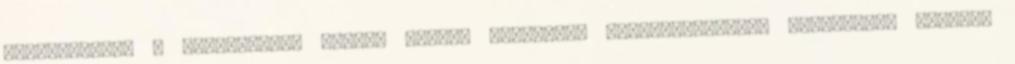
támogatását. A seregélyesi Kaszap István Katolikus Karitászcsoport júniusában alakult